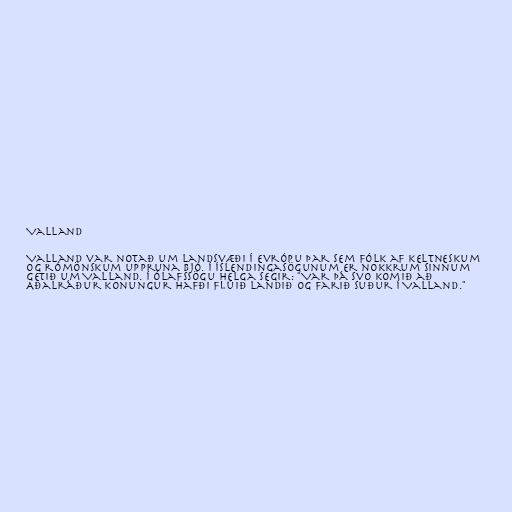
Valland

Valland var notað um landsvæði í Evrópu þar sem fólk af keltneskum
og rómönskum uppruna bjó. Í Íslendingasögunum er nokkrum sinnum
getið um Valland. Í Ólafssögu helga segir: "Var þá svo komið að
Aðalráður konungur hafði flúið landið og farið suður í Valland."